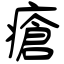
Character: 瘡